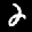
Label: 2